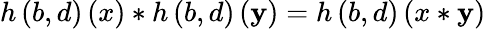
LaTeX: h\left(b,d\right)\left(x\right)*h\left(b,d\right)\left(\mathbf{y}\right)=h\left(b,d\right)\left(x*\mathbf{y}\right)